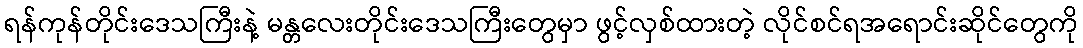
ရန်ကုန်တိုင်းဒေသကြီးနဲ့ မန္တလေးတိုင်းဒေသကြီးတွေမှာ ဖွင့်လှစ်ထားတဲ့ လိုင်စင်ရအရောင်းဆိုင်တွေကို